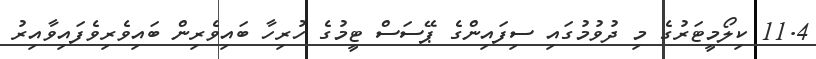
11.4 ކިލޯމީޓަރުގެ މި ދުވުމުގައި ސިފައިންގެ ޕޭސަސް ޓީމުގެ ހުރިހާ ބައިވެރިން ބައިވެރިވެފައިވާއިރު